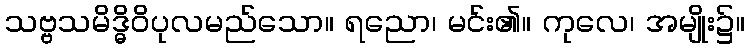
သဗ္ဗသမိဒ္ဓိဝိပုလမည်သော။ ရညော၊ မင်း၏။ ကုလေ၊ အမျိုး၌။